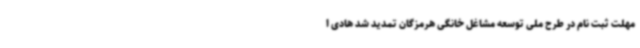
مهلت ثبت نام در طرح ملی توسعه مشاغل خانگی هرمزگان تمدید شد هادی ا